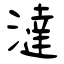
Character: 澾